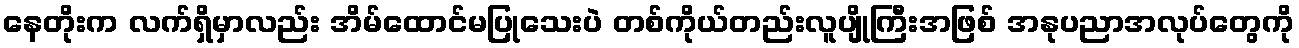
နေတိုးက လက်ရှိမှာလည်း အိမ်ထောင်မပြုသေးပဲ တစ်ကိုယ်တည်းလူပျိုကြီးအဖြစ် အနုပညာအလုပ်တွေကို